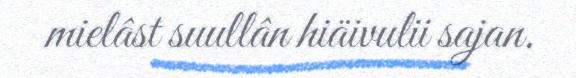
mielâst suullân hiäivulii sajan.